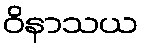
ဝိနာသယ